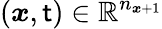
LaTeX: (\boldsymbol{x},\mathsf{t})\in\mathbb{{R}}^{n_{\boldsymbol{x}+1}}